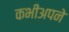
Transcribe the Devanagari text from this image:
कभीअपने